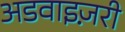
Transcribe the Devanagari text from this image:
अडवाइज़री